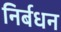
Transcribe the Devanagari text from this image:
निर्बधन